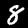
Digit: 8